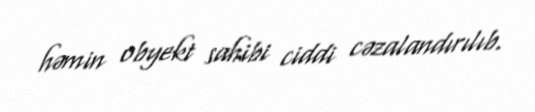
həmin obyekt sahibi ciddi cəzalandırılıb.